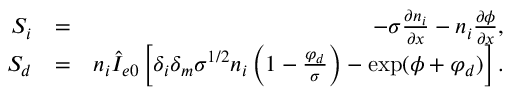
\begin{array} { r l r } { { \normalcolor S _ { i } } } & { { \normalcolor = } } & { { \normalcolor - \sigma \frac { \partial n _ { i } } { \partial x } - n _ { i } \frac { \partial \phi } { \partial x } , } } \\ { { \normalcolor S _ { d } } } & { { \normalcolor = } } & { { \normalcolor n _ { i } \hat { I } _ { e 0 } \left[ \delta _ { i } \delta _ { m } \sigma ^ { 1 / 2 } n _ { i } \left( 1 - \frac { \varphi _ { d } } { \sigma } \right) - \exp ( \phi + \varphi _ { d } ) \right] . } } \end{array}